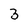
Character: 3